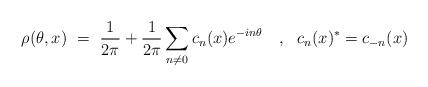
LaTeX: \begin{align*}\rho(\theta,x)~=~\frac{1}{2\pi}+\frac{1}{2\pi}\sum_{n\neq 0}c_n(x) e^{-in\theta}~~~,~~c_n(x)^*= c_{-n}(x) \end{align*}